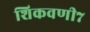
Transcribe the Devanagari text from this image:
शिकवणी७